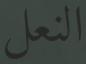
النعل